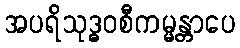
အပရိသုဒ္ဓဝစီကမ္မန္တာပေ